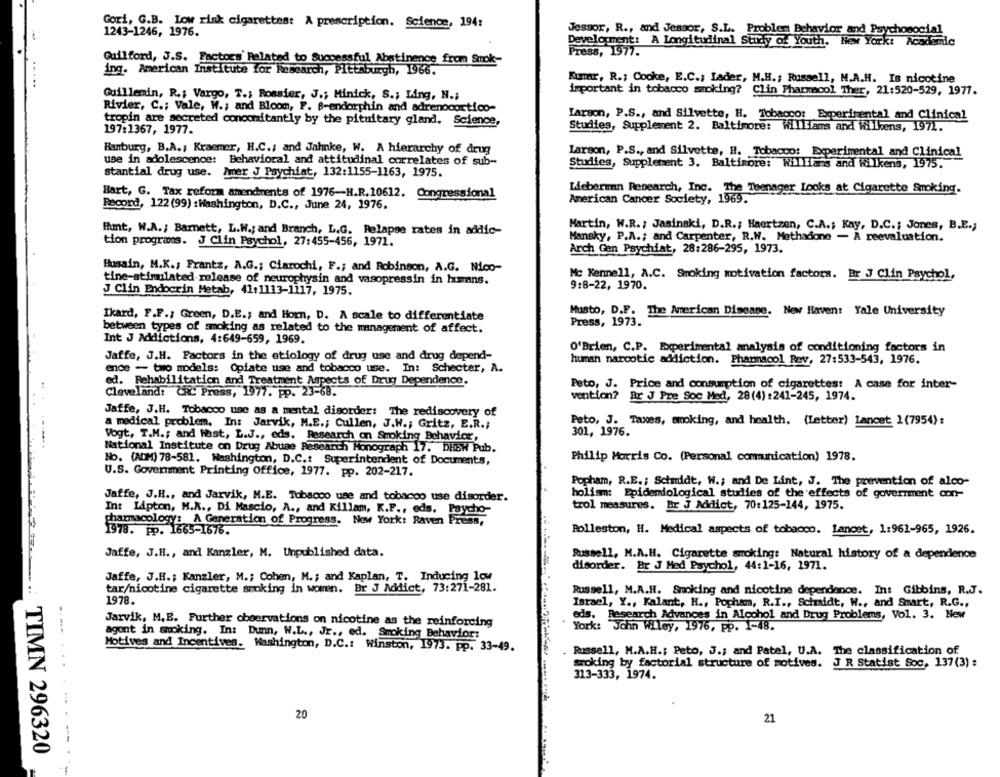
Gori, G.B. Low risk cigarettes: A prescription. Science, 194:
1243-1246, 1976.
Jessor, R ., and Jessor, S.L. Problem Behavior and Psychosocial
Development: A Longitudinal Study of Youth. New York: Academic
Press, 1977.
Guilford, J.S. Factors' Related to Successful Abstinence from Smok-
ing. American Institute for Research, Pittsburgh, 1966.
Kurtar, R .; Cooke, E.C .; Lader, M.H .; Russell, M.A.H. Is nicotine
important in tobacco smoking? Clin Pharmacol Ther, 21:520-529, 1977.
Guillemin, R .; Vargo, T .; Rossier, J .; Hinick, S .; Ling, N .;
Rivier, C .; Vale, W .; and Bloom, F. B-endorphin and adrenocortico-
Larson, P.S ., and Silvette, H. Tobacco: Experimental and Clinical
tropin are secreted concomitantly by the pituitary gland. Science,
197:1367, 1977.
Studies, Supplement 2. Baltimore: Williams and Wilkens, 1972.
Hanburg, B.A ., Kraemer, H.C .; and Jahnke, W. A hierarchy of drug
Larson, P.S ., and Silvette, H. Tobacco: Experimental and Clinical
use in adolescence: Behavioral and attitudinal correlates of sub-
Studies, Supplement 3. Baltimore: Willians and Wilkens, 1975.
stantial drug use. Amer J Psychiat, 132:1155-1163, 1975.
Hart, G. Tax reform amendments of 1976-H.R. 10612. Congressional
Lieberman Research, Inc. The Teenager Looks at Cigarette Smoking.
American Cancer Society, 1969.
Record, 122 (99) :Washington, D.C ., June 24, 1976.
fhunt, W.A .; Barnett, L.W .; and Branch, L.G. Relapse rates in addic-
Martin, W.R .; Jasinski, D.R .; Haertzen, C.A .; Kay, D.C .; Jones, B.E .;
tion programs. J Clin Psychol, 27:455-456, 1971.
Mansky, P.A .; and Carpenter, R.W. Methadone - A reevaluation.
Arch Gen Psychiat, 28:286-295, 1973.
Husain, M.K .; Frantz, A.G .; Clarochi, F .; and Robinson, A.G. Nico-
tine-stimulated-release of neurophysin and vasopressin in humans.
Mc Kennell, A.C. Smoking motivation factors. Br J Clin Psychol,
9:8-22, 1970.
J Clin Endocrin Metab, 41:1113-1117, 1975.
Musto, D.F. The American Disease. New Haven: Yale University
Ikard, F.F .; Green, D.E .; and Horn, D. A scale to differentiate
Press, 1973.
between types of smoking as related to the management of affect.
Int J Addictions, 4:649-659, 1969.
O'Brien, C.P. Experimental analysis of conditioning factors in
Jaffe, J.H. Factors in the etiology of drug use and drug depend-
human narcotic addiction. Pharmacol Rev, 27:533-543, 1976.
ence - two models: Opiate use and tobacco use. In: Schecter, A.
ed. Rehabilitation and Treatment Aspects of Drug Dependence.
Peto, J. Price and consumption of cigarettes: A case for inter-
Cleveland: CRC Press, 1977. pp. 23-68.
vention? Br J Pre Soc Med, 28(4) :241-245, 1974.
Jaffe, J.H. Tobacco use as a mental disorder: The rediscovery of
a medical problem. In: Jarvik, M.E .; Cullen, J.H .; Gritz, E.R .;
Peto, J. Taxes, smoking, and health. (Letter) lancet 1(7954):
301, 1976.
Vogt, T.M .; and Hast, L.J ., eds. Research on Smoking Behavior,
National Institute on Drug Abuse Research Monograph 17. DHBW Pub.
Philip Morris Co. (Personal communication) 1978.
No. (ADM) 78-581. Washington, D.C .: Superintendent of Documents,
U.S. Government Printing Office, 1977. pp. 202-217.
Popham, R.E. ; Schmidt, W .; and De Lint, J. The prevention of alco-
Jaffe, J.H ., and Jarvik, M.E. Tobacco use and tobacco use disorder.
holism: Epidemiological studies of the effects of government con-
In: Lipton, M.A ., Di Mascio, A ., and Killam, K.F ., eds. Psycho
trol measures. Br J Addict, 70:125-144, 1975.
pharmacology: A Generation of Progress. New York: Raven Press,
1978. pp. 1665-1676.
Rolleston, H. Medical aspects of tobacco. Lancet, 1:961-965, 1926.
Jaffe, J.H ., and Kanzler, M. Unpublished data.
Russell, M.A.H. Cigarette smoking: Natural history of a dependence
disorder. Br J Med Psychol, 44:1-16, 1971.
Jaffe, J.H .; Kanzler, M .; Cohen, M. ; and Kaplan, T. Inducing low
tar/nicotine cigarette smoking in women. Br J Addict, 73:271-281.
Russell, M.A.H. Smoking and nicotine dependence. In: Gibbins, R.J.
1978.
Istael, Y ., Kalant, H ., Popham, R.I ., Schmidt, W ., and Smart, R.G .,
eds. Research Advances in Alcohol and Drug Problems, Vol. 3. New
Jarvik, M. E. Further observations on nicotine as the reinforcing
York: John Wiley, 1976, pp. 1-48.
agent in smoking. In: Dunn, W.L ., Jr ., ed. Smoking Behavior:
Motives and Incentives. Washington, D.C .: Winston, 1973. pp. 33-49.
Russell, M.A.H .; Pato, J .; and Patel, U.A. The classification of
troking by factorial structure of motives. J R Statist Soc, 137(3) :
313-333, 1974.
20
21
TIMN 296320